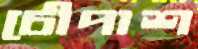
চৌপাশ